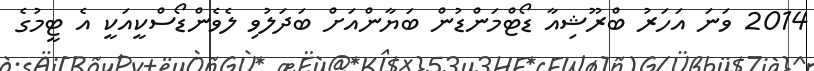
2014 ވަނަ އަހަރު ބްރޫޝިއާ ޑޯޓްމަންޑުން ބަޔާންއަށް ބަދަލުވި ލެވެންޑޯސްކީއަކީ އެ ޓީމުގެ